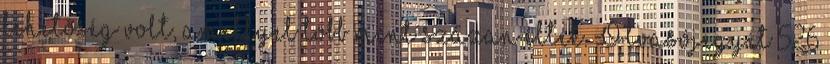
lehetőség volt, amellyel több mint százan éltek. Olvasójegyét 526